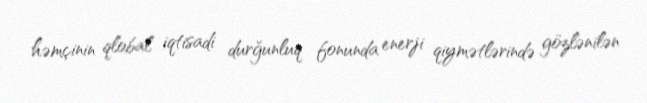
həmçinin qlobal iqtisadi durğunluq fonunda enerji qiymətlərində gözlənilən